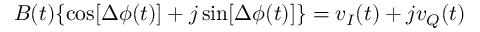
B ( t ) \{ \cos [ \Delta \phi ( t ) ] + j \sin [ \Delta \phi ( t ) ] \} = v _ { I } ( t ) + j v _ { Q } ( t )